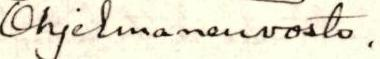
Ohjelmaneuvosto.